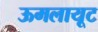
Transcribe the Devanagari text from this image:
ऊमलायूट